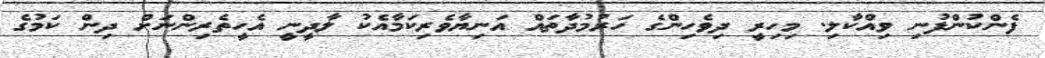
ފެންކުންފުނި ވިއްކާލި. މިހިރީ ދިވެހިންގެ ހަރުމުދާތައް އަނިޔާވެރިކަމާއެކު ލާދީނީ އެހީތެރިންނަށް ދިން ކަމުގެ